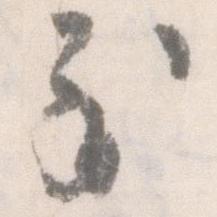
至